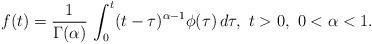
LaTeX: \begin{align*}f(t) = \frac{1}{\Gamma(\alpha)}\, \int_0^t (t-\tau)^{\alpha-1}\phi(\tau)\, d\tau, \ t>0,\ 0<\alpha <1.\end{align*}